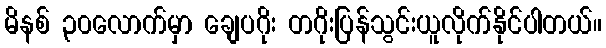
မိနစ် ၃၀လောက်မှာ ချေပဂိုး တဂိုးပြန်သွင်းယူလိုက်နိုင်ပါတယ်။